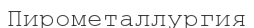
Пирометаллургия